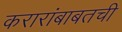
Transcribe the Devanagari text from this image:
करारांबाबतची